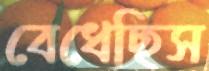
বেধেছিস